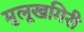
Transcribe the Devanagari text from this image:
मुलूखगिरी